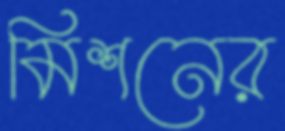
মিশনের